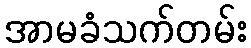
အာမခံသက်တမ်း